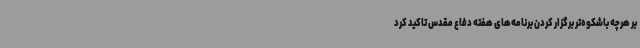
بر هرچه باشکوه‌تر برگزار کردن برنامه‌های هفته دفاع مقدس تاکید کرد